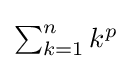
{\textstyle \sum _{k=1}^{n}k^{p}}